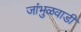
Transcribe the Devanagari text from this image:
जांभुळवाडी